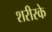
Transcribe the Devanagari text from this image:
शरीरके